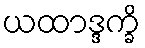
ယထာဒ္ဒက္ခိ